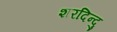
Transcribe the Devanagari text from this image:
शरदिन्दु